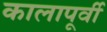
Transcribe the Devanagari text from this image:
कालापूर्वी